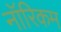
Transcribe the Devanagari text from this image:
नॉरिकम